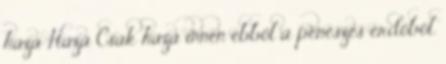
haza Haza Csak haza innen ebből a penészes erdőből.